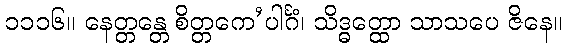
၁၁၁၆။ နေတ္တန္တေ စိတ္တကေ’ပါင်္ဂံ၊ သိဒ္ဓတ္ထော သာသပေ ဇိနေ။